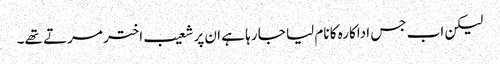
لیکن اب جس اداکارہ کا نام لیا جا رہا ہے ان پر شعیب اختر مرتے تھے۔